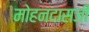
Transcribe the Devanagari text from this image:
मोहनदासजी